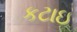
કટાઇ